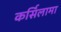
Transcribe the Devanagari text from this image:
कर्सिलामा